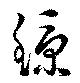
鯨